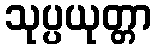
သုပ္ပယုတ္တာ